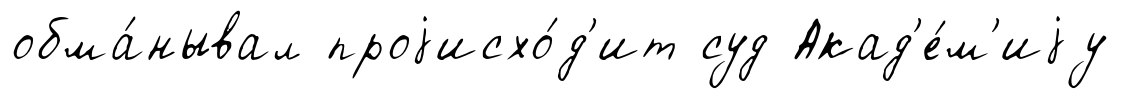
обма́нывал проjисхо́д'ит суд Акад'е́м'иjу